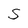
Character: S